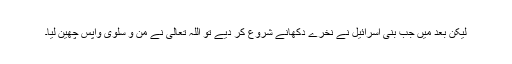
لیکن بعد میں جب بنی اسرائیل نے نخرے دکھانے شروع کر دیے تو اللہ تعالیٰ نے من و سلویٰ واپس چھین لیا۔